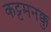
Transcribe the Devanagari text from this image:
कट्टमनक्कु